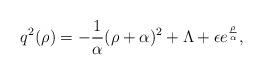
LaTeX: \begin{align*}q^2(\rho)=-{ 1 \over \alpha}(\rho+\alpha)^2+\Lambda +\epsilon e^{\rho \over\alpha},\end{align*}